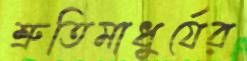
শ্রুতিমাধুর্যের